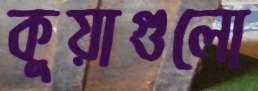
কুয়াগুলো